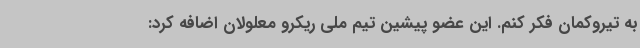
به تیروکمان فکر کنم. این عضو پیشین تیم ملی ریکرو معلولان اضافه کرد: